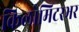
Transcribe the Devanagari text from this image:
किलोमिटरभर